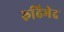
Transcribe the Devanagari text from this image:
रूढिभेद